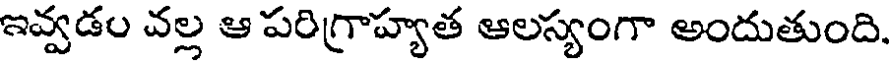
ఇవ్వడం వల్ల ఆ పరిగ్రాహ్యత ఆలస్యంగా అందుతుంది.